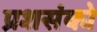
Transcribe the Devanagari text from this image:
प्रशसंको